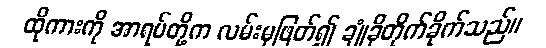
ထိုကားကို အာရပ်တို့က လမ်းမှဖြတ်၍ ချုံခိုတိုက်ခိုက်သည်။